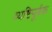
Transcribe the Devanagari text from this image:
व्यष्टिपूर्वक